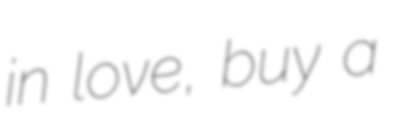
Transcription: in love, buy a